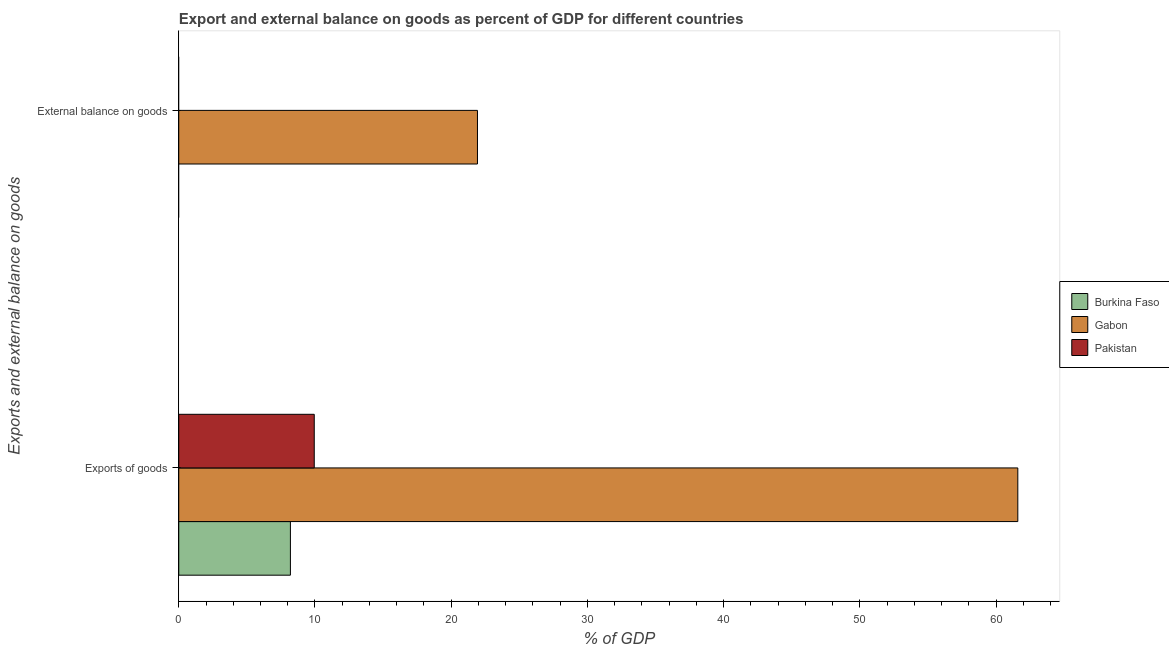
| Exports and external balance on goods | Burkina Faso | Gabon | Pakistan |
 | --- | --- | --- | --- |
 | Exports of goods | 8.2 | 61.6 | 9.95 |
 | External balance on goods | -23.4 | 21.9 | -11.8 |